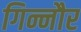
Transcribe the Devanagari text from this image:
गिन्नौर